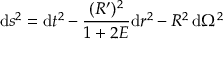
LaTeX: \mathrm { d } s ^ { 2 } = \mathrm { d } t ^ { 2 } - { \frac { ( R ^ { \prime } ) ^ { 2 } } { 1 + 2 E } } \mathrm { d } r ^ { 2 } - R ^ { 2 } \, \mathrm { d } \Omega ^ { 2 }